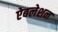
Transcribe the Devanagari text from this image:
ऐबलेशन